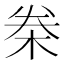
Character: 桊